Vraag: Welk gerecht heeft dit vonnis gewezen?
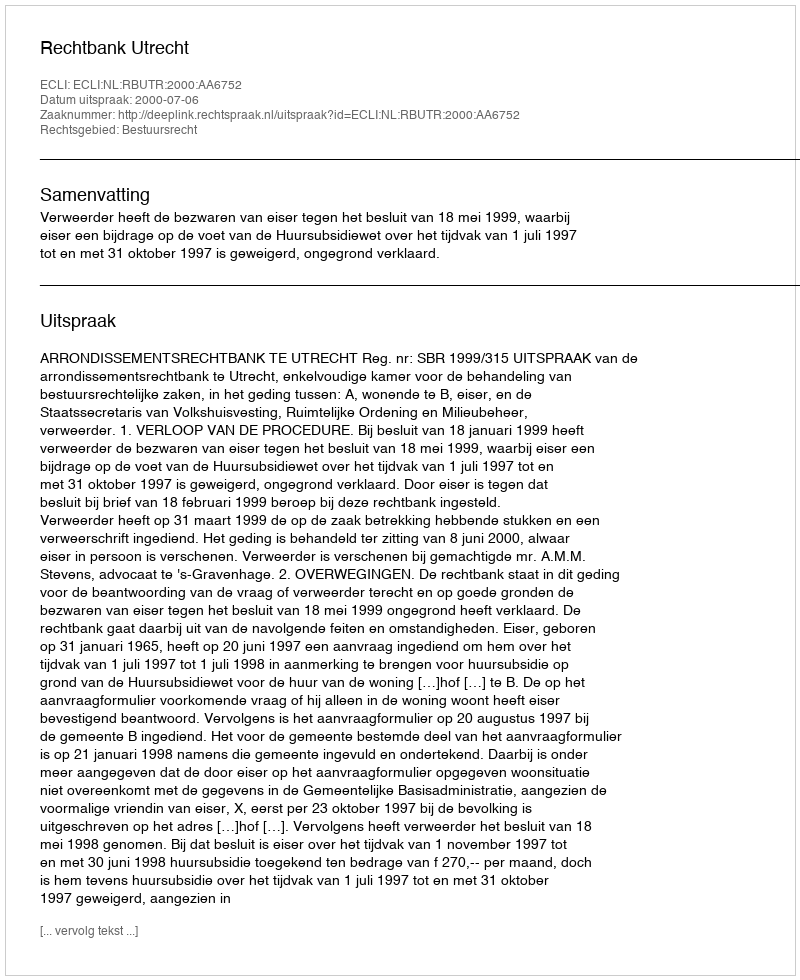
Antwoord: Rechtbank Utrecht